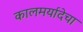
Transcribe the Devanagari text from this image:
कालमर्यादेचा